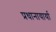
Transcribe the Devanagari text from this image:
प्रधानायार्या